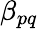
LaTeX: \beta_{pq}